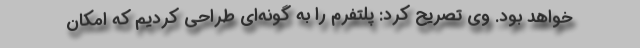
خواهد بود. وی تصریح کرد: پلتفرم را به گونه‌ای طراحی کردیم که امکان